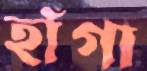
হাঁগা